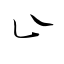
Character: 止